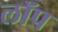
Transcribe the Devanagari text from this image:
लॉप